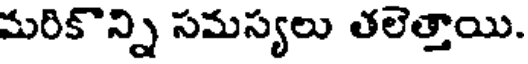
మరికొన్ని సమస్యలు తలెత్తాయి.